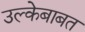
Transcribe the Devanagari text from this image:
उल्केबाबत